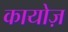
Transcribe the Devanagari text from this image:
कायोज़